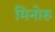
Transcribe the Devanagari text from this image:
मिनोरु